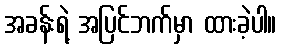
အခန်းရဲ့ အပြင်ဘက်မှာ ထားခဲ့ပါ။